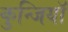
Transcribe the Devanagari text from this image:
कुन्जियाॅ